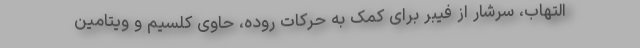
التهاب، سرشار از فیبر برای کمک به حرکات روده، حاوی کلسیم و ویتامین